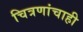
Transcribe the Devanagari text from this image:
चित्रणांचाही